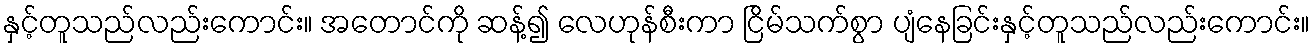
နှင့်တူသည်လည်းကောင်း။ အတောင်ကို ဆန့်၍ လေဟုန်စီးကာ ငြိမ်သက်စွာ ပျံနေခြင်းနှင့်တူသည်လည်းကောင်း။